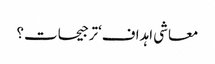
معاشی اہداف‘ترجیحات؟